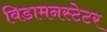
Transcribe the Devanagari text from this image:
विडामनस्टेटर